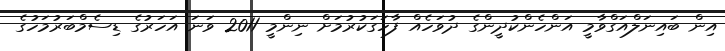
އިން ބައިނަލްއަގްވާމީ އަންހެންކުދީންގެ ދުވަހެއް ފާހަގަކުރުމަށް ނިންމީ 2011 ވަނަ އަހަރުގެ ޑިސެމްބަރުމަހުގެ